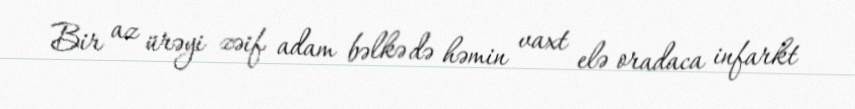
Bir az ürəyi zəif adam bəlkə də həmin vaxt elə oradaca infarkt